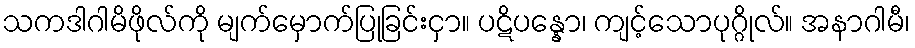
သကဒါဂါမိဖိုလ်ကို မျက်မှောက်ပြုခြင်းငှာ။ ပဋိပန္နော၊ ကျင့်သောပုဂ္ဂိုလ်။ အနာဂါမီ၊